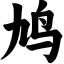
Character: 鸠